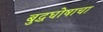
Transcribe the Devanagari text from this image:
बुद्धघोषाचा